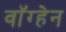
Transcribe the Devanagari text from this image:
वाॅग्हेन